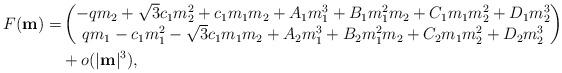
LaTeX: \begin{align*}F(\mathbf{m})=&\begin{pmatrix}-qm_{2}+\sqrt{3}c_{1}m_{2}^{2}+c_{1}m_{1}m_{2}+A_{1}m_{1}^{3}+B_{1}m_{1}^{2}m_{2}+C_{1}m_{1}m_{2}^{2}+D_{1}m_{2}^{3}\\qm_{1}-c_{1}m_{1}^{2}-\sqrt{3}c_{1}m_{1}m_{2}+A_{2}m_{1}^{3}+B_{2}m_{1}^{2}m_{2}+C_{2}m_{1}m_{2}^{2}+D_{2}m_{2}^{3}\end{pmatrix}\\&+o(|\mathbf{m}|^3),\end{align*}